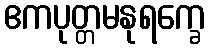
ဧကပုတ္တမနုရက္ခေ